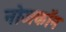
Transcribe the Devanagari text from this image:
नोजकाॅन